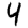
Digit: 4